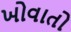
ખોવાતો